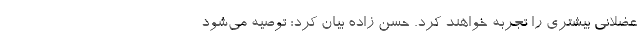
عضلانی بیشتری را تجربه خواهند کرد. حسن زاده بیان کرد: توصیه می‌شود